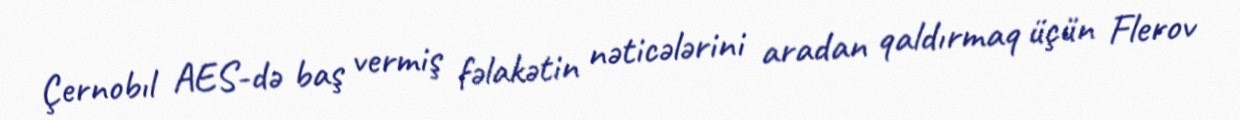
Çernobıl AES-də baş vermiş fəlakətin nəticələrini aradan qaldırmaq üçün Flerov